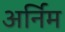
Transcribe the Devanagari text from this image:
अर्निम